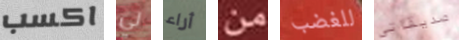
اكسب لي أراء من للغضب صديقاتي